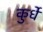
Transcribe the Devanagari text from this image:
कुर्धे